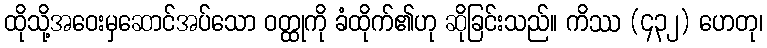
ထိုသို့အဝေးမှဆောင်အပ်သော ဝတ္ထုကို ခံထိုက်၏ဟု ဆိုခြင်းသည်။ ကိဿ (၄၃၂) ဟေတု၊